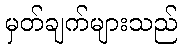
မှတ်ချက်များသည်